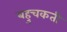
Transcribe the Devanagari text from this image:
बहुचकती